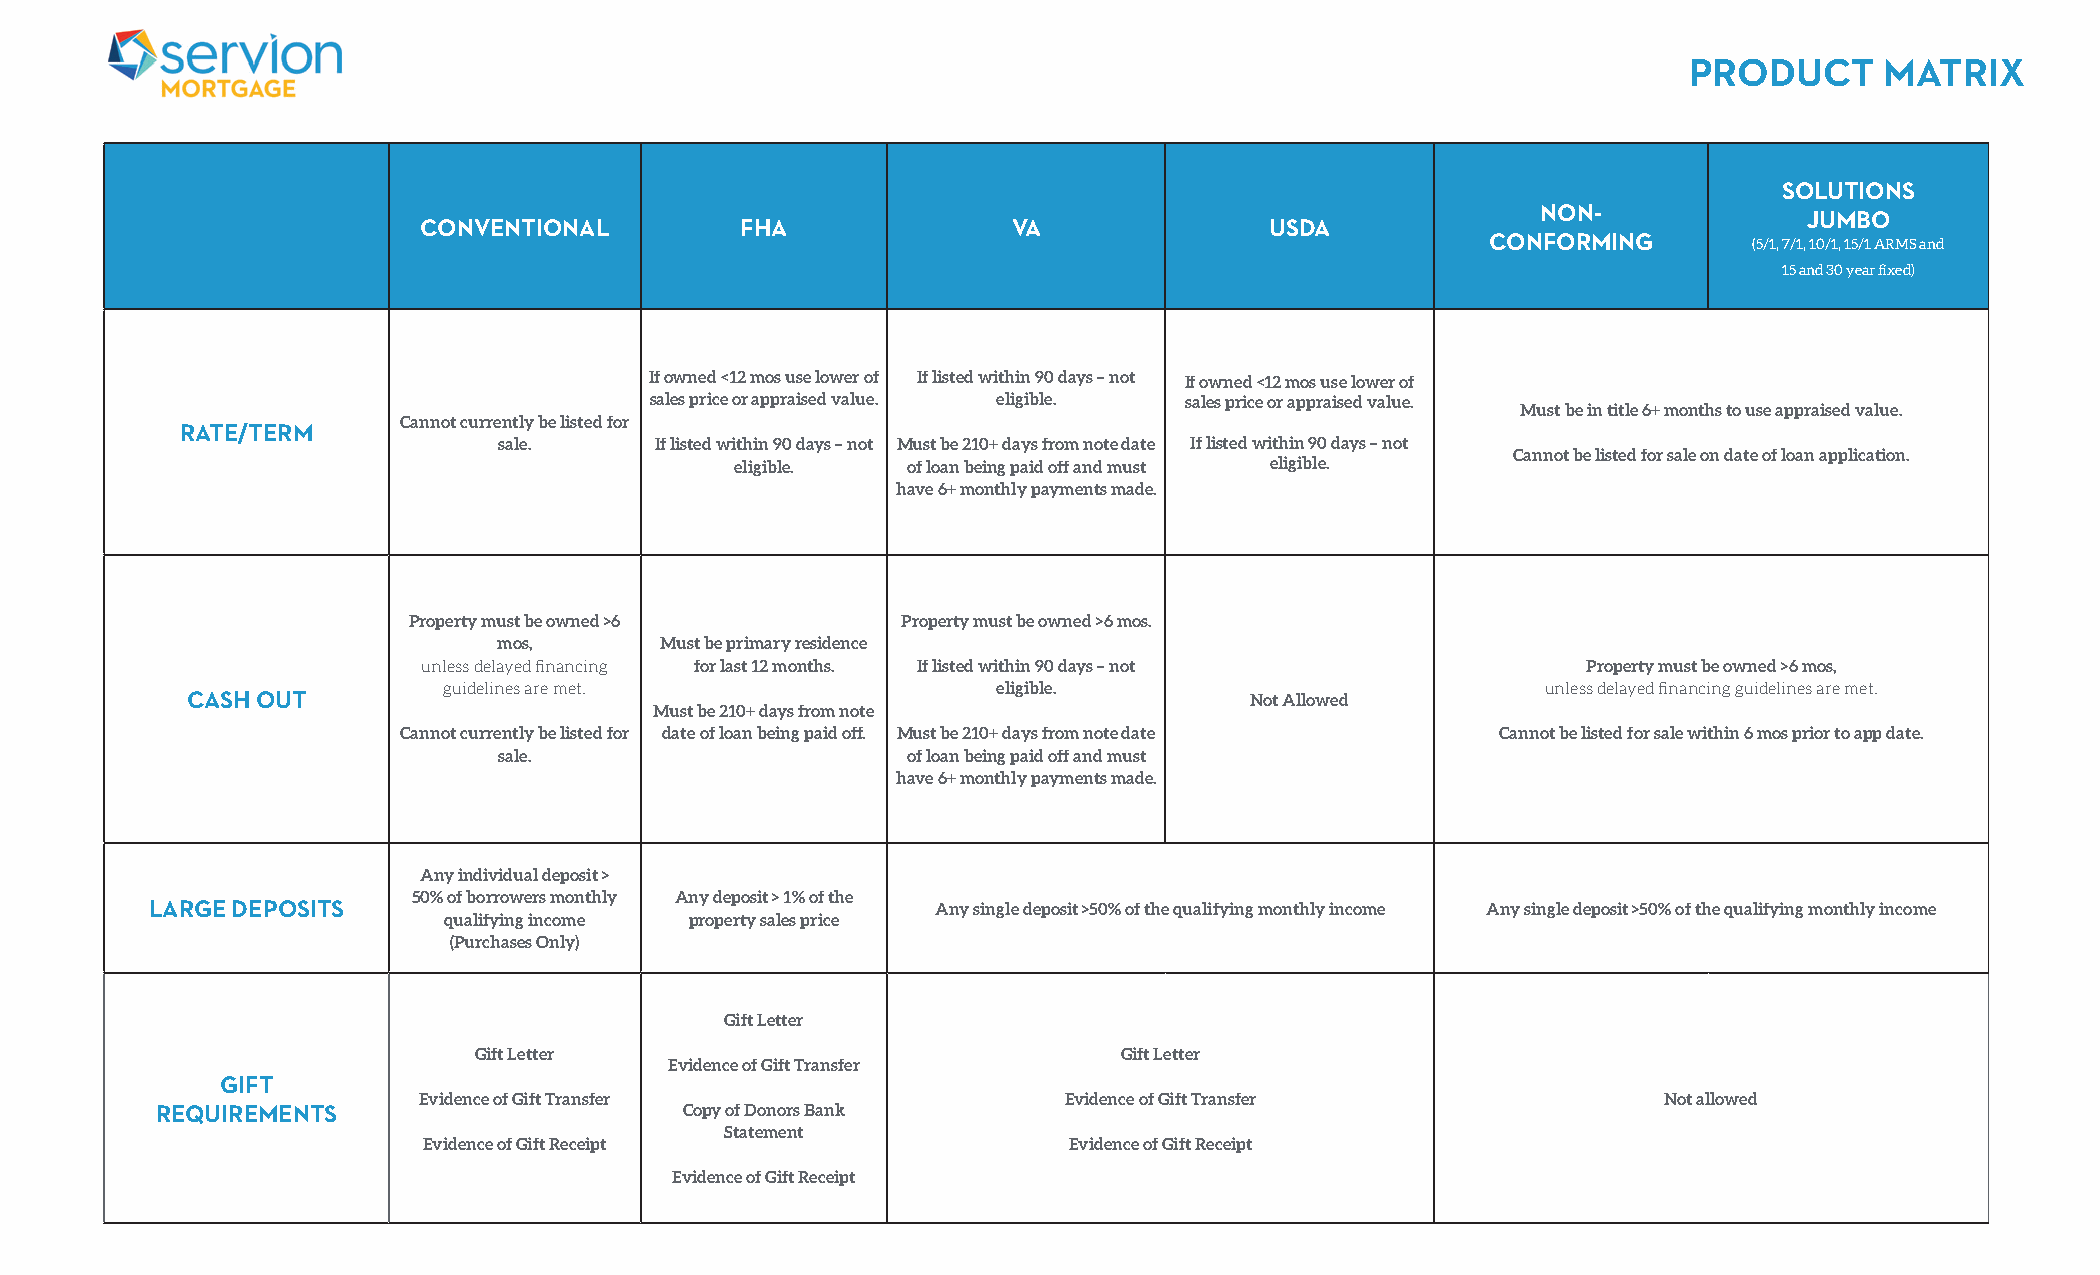
PRODUCT      MATRIX
 SOLUTIONS
 NON-
 JUMBO
 CONVENTIONAL         FHA               VA               USDA
 CONFORMING       (5/1, 7/1, 10/1, 15/1 ARMS and
 15 and 30 year fixed)
 If owned <12 mos use lower of If listed within 90 days – not If owned <12 mos use lower of
 sales price or appraised value. eligible. sales price or appraised value.
 Must be in title 6+ months to use appraised value.
 Cannot currently be listed for
 RATE/TERM
 sale.     If listed within 90 days – not Must be 210+ days from note date If listed within 90 days – not
 Cannot be listed for sale on date of loan application.
 eligible.  of loan being paid off and must eligible.
 have 6+ monthly payments made.
 Property must be owned >6        Property must be owned >6 mos.
 mos,       Must be primary residence
 unless delayed financing for last 12 months. If listed within 90 days – not  Property must be owned >6 mos,
 guidelines are met.                  eligible.                           unless delayed financing guidelines are met.
 CASH OUT                                                               Not Allowed
 Must be 210+ days from note
 Cannot currently be listed for date of loan being paid off. Must be 210+ days from note date Cannot be listed for sale within 6 mos prior to app date.
 sale.                      of loan being paid off and must
 have 6+ monthly payments made.
 Any individual deposit >
 50% of borrowers monthly Any deposit > 1% of the
 LARGE DEPOSITS                                      Any single deposit >50% of the qualifying monthly income Any single deposit >50% of the qualifying monthly income
 qualifying income property sales price
 (Purchases Only)
 Gift Letter
 Gift Letter                                Gift Letter
 Evidence of Gift Transfer
 GIFT
 Evidence of Gift Transfer                 Evidence of Gift Transfer               Not allowed
 REQUIREMENTS                       Copy of Donors Bank
 Statement
 Evidence of Gift Receipt                   Evidence of Gift Receipt
 Evidence of Gift Receipt